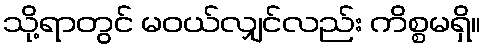
သို့ရာတွင် မဝယ်လျှင်လည်း ကိစ္စမရှိ။